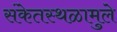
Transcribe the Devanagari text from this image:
संकेतस्थळामुले